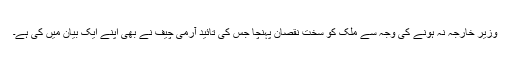
وزیر خارجہ نہ ہونے کی وجہ سے ملک کو سخت نقصان پہنچا جس کی تائید آرمی چیف نے بھی اپنے ایک بیان میں کی ہے۔